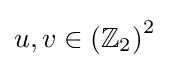
u,v\in \left(\mathbb {Z} _{2}\right)^{2}